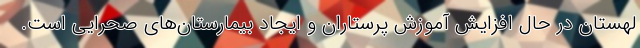
لهستان در حال افزایش آموزش پرستاران و ایجاد بیمارستان‌های صحرایی است.